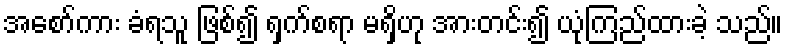
အစော်ကား ခံရသူ ဖြစ်၍ ရှက်စရာ မရှိဟု အားတင်း၍ ယုံကြည်ထားခဲ့ သည်။